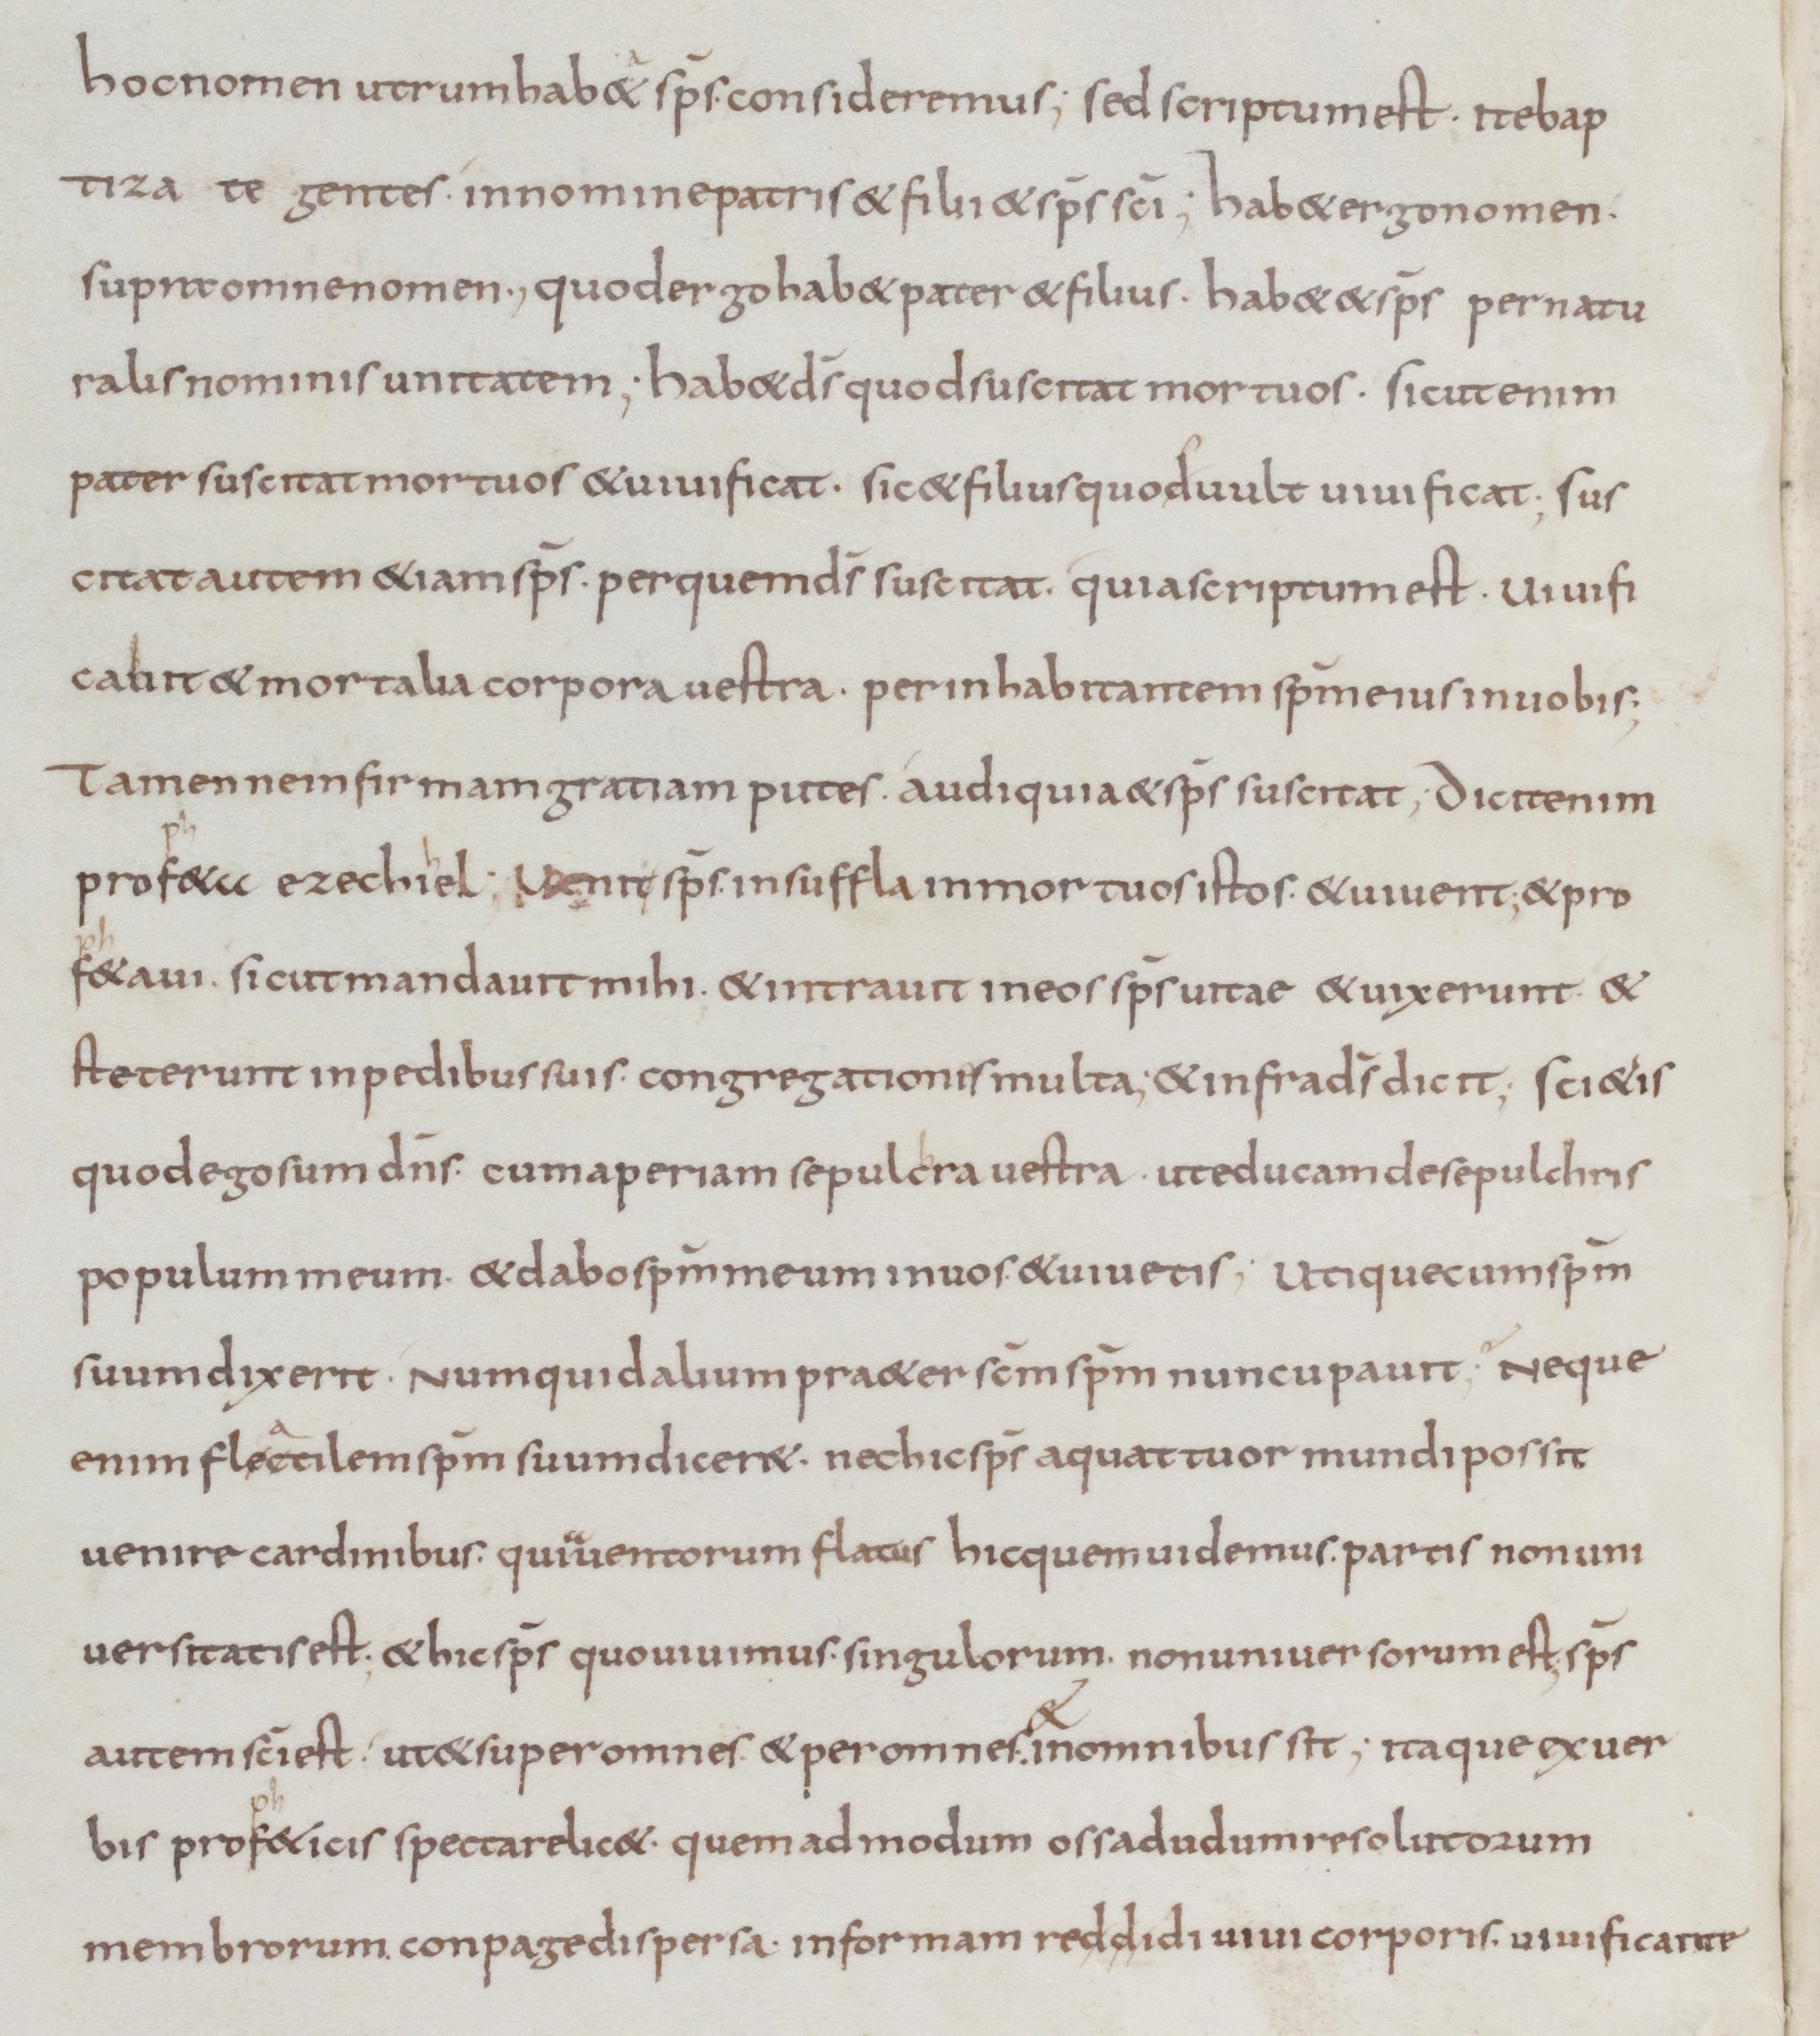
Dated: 800–899